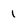
Character: 1